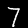
Label: 7